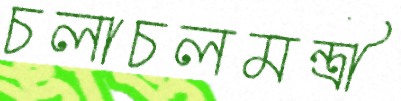
চলাচলমন্ত্রী